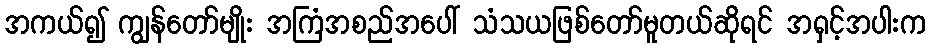
အကယ်၍ ကျွန်တော်မျိုး အကြံအစည်အပေါ် သံသယဖြစ်တော်မူတယ်ဆိုရင် အရှင့်အပါးက